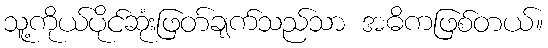
သူ့ကိုယ်ပိုင်ဆုံးဖြတ်ချက်သည်သာ အဓိကဖြစ်တယ်။